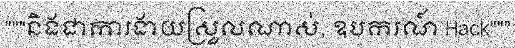
"""និងជាការងាយស្រួលណាស់, ឧបករណ៍ Hack"""